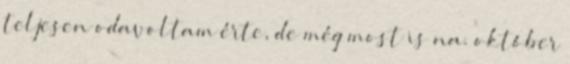
teljesen odavoltam érte, de még most is na. október